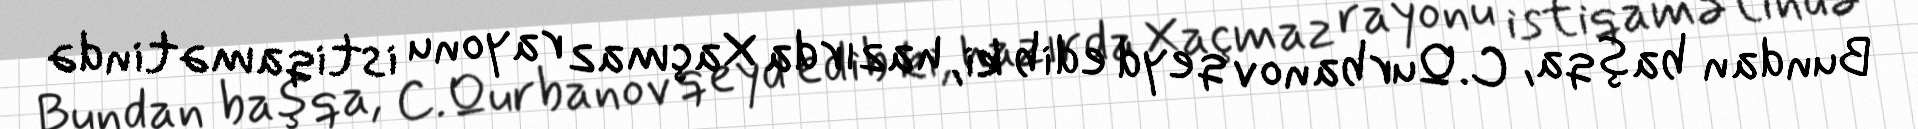
Bundan başqa, C.Qurbanov qeyd edib ki, hazırda Xaçmaz rayonu istiqamətində